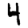
Digit: 4